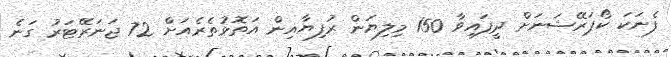
ފެނަކަ ކޯޕަރޭޝަނަށް ދީފައިވާ 150 މިލިޔަން ރުފިޔާއިން އަތޮޅުތެރެއަށް 72 ޖަނަރޭޓަރު ގަނެ